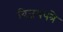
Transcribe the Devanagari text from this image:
विजयपत्रे